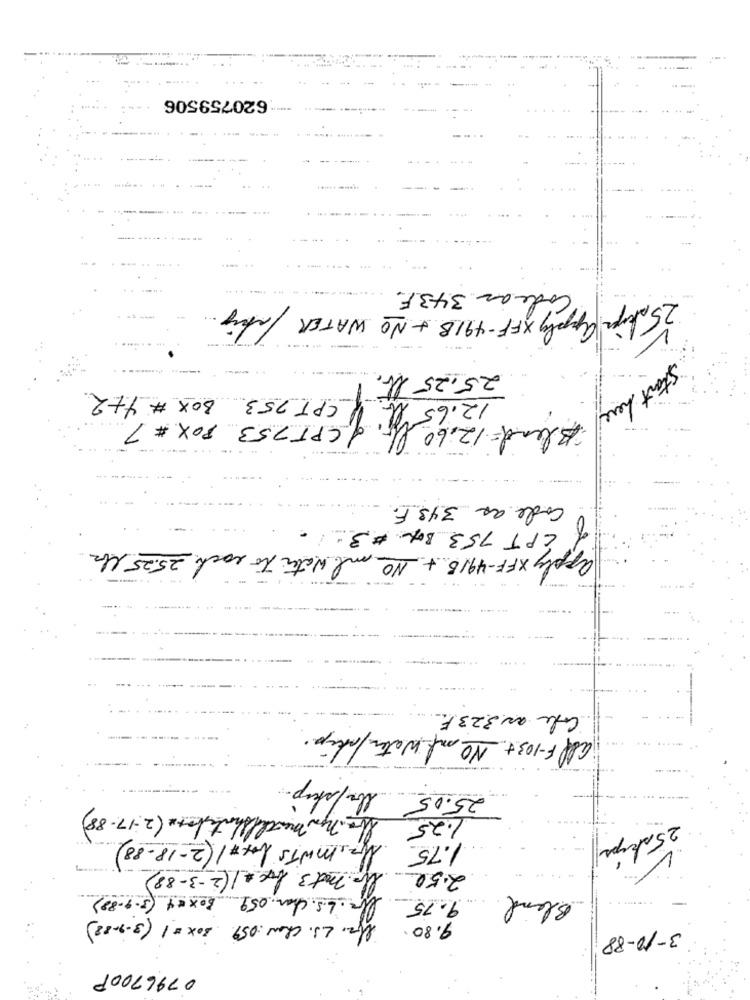
620759506
Code as 343F.
25 skype apply XFF-491B + NO WATER
25.25 tb.
12.65 bb 1/ CPT 753 BOX # 4+2.
Start here
Blend= 12.60 lb, of CPT 753 POX # 7
code as 343 F.
CPT 753 Box #3.
apply XFF-491B + No ml water to each 25.25 lbs
---
Cafe as 323F
all F-103+. No ml water/skip.
lbs/stop-
25.05
la. Nem Menthe Shortshore (2-17- 88)
1.25
Up, MNTs box#1 (2-18-88)
25 skips
1.75
2.50
Ubp. mot 3 box + 1 (2-3-88)
9.75 lbr. L.s. chan. 059 Boxx4 (3-9-89)
Bland
9.80 ffr. L.S. chaw:059 20x =1 (3-9-22)
3-10-88
0796700P